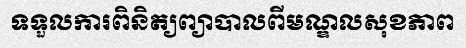
ទទួលការពិនិត្យព្យាបាលពីមណ្ឌលសុខភាព